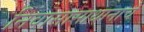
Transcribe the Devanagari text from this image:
निवासासाथानाचे